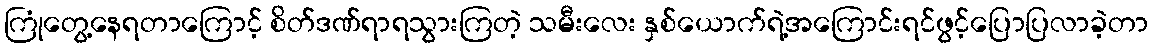
ကြုံတွေ့နေရတာကြောင့် စိတ်ဒဏ်ရာရသွားကြတဲ့ သမီးလေး နှစ်ယောက်ရဲ့အကြောင်းရင်ဖွင့်ပြောပြလာခဲ့တာ